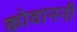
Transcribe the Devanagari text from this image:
कोवाननी